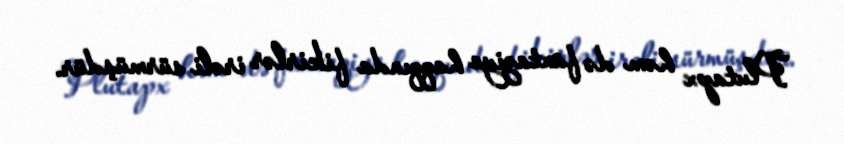
Plutapx həm də fantaziya haqqında fikirlər irəli sürmüşdür.